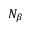
N _ { \beta }